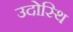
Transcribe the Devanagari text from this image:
उदोस्थि